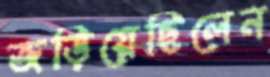
জড়িয়েছিলেন